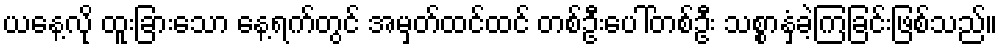
ယနေ့လို ထူးခြားသော နေ့ရက်တွင် အမှတ်ထင်ထင် တစ်ဦးပေါ်တစ်ဦး သစ္စာနှံခဲ့ကြခြင်းဖြစ်သည်။